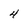
Character: 4